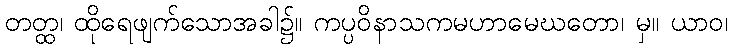
တတ္ထ၊ ထိုရေဖျက်သောအခါ၌။ ကပ္ပဝိနာသကမဟာမေဃတော၊ မှ။ ယာဝ၊